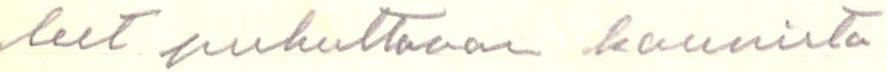
leet puhuttavan kaunista